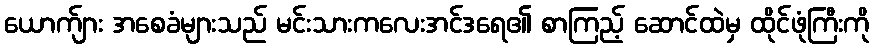
ယောက်ျား အစေခံများသည် မင်းသားကလေးအင်ဒရေ၏ စာကြည့် ဆောင်ထဲမှ ထိုင်ဖုံကြီးကို